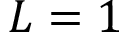
L = 1